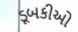
ડૂબકીઓ